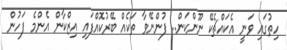
ހިތުގައި ވަނީ އެކައްޗެކޭ ނޫންކަން.. ފުންނޭވާ ތަކެއް ބޭރުކޮއްފައި އިޒްކާން އެންމެ ފަހުން